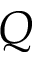
Q